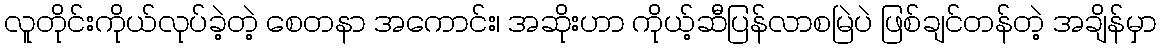
လူတိုင်းကိုယ်လုပ်ခဲ့တဲ့ စေတနာ အကောင်း၊ အဆိုးဟာ ကိုယ့်ဆီပြန်လာစမြဲပဲ ဖြစ်ချင်တန်တဲ့ အချိန်မှာ